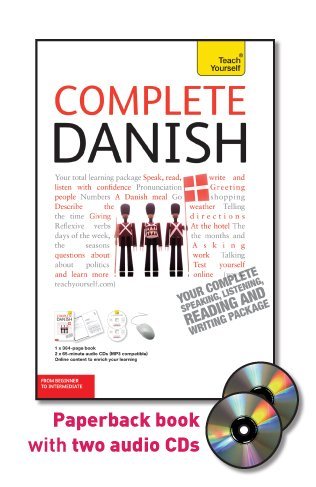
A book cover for Complete Danish with Two Audio CDs: A Teach Yourself Guide (TY: Language Guides); Bente Elsworth; Travel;